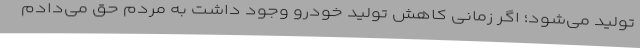
تولید می‌شود؛ اگر زمانی کاهش تولید خودرو وجود داشت به مردم حق می‌دادم